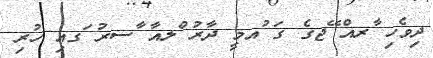
ދިވެހި ާރއް ޭޖގެ ގަ ުއމީ ދާރު ްލއާ ާސރު ަގއި ހުރި